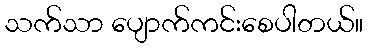
သက်သာ ပျောက်ကင်းစေပါတယ်။